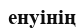
енуінің